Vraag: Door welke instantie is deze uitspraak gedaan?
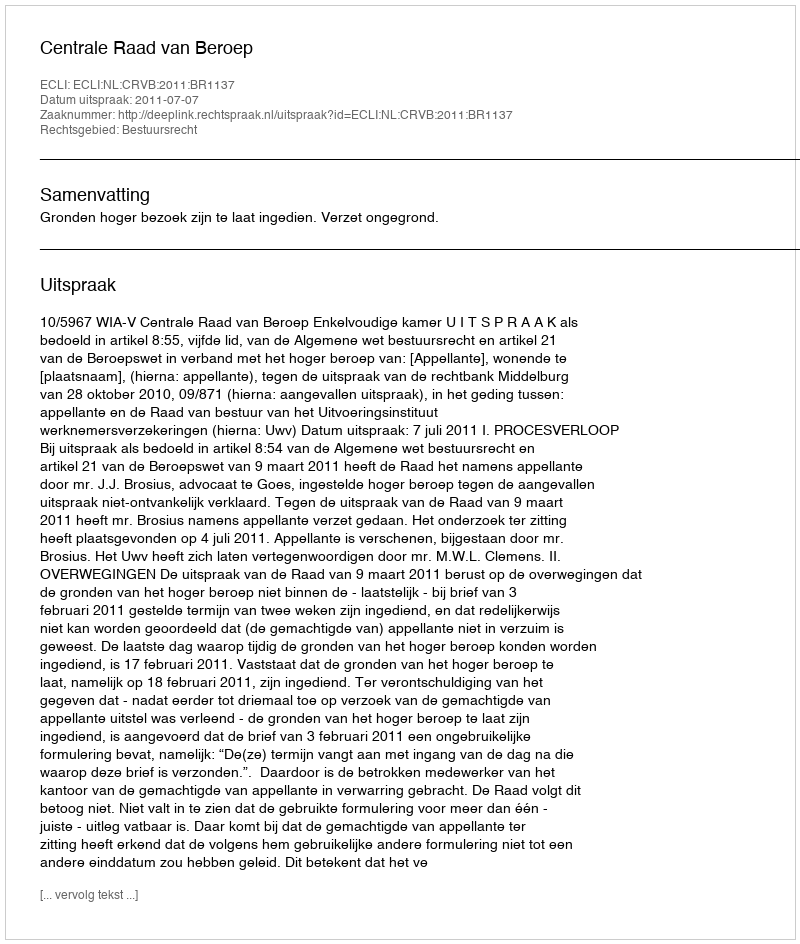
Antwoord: Centrale Raad van Beroep